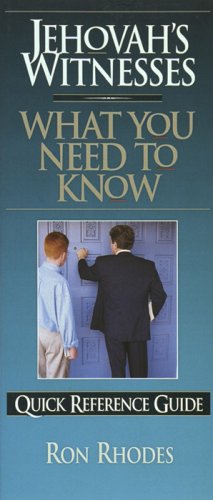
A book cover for Jehovah's Witnesses: What You Need to Know (Quick Reference Guides); Ron Rhodes; Religion & Spirituality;